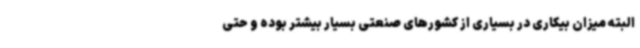
البته میزان بیکاری در بسیاری از کشورهای صنعتی بسیار بیشتر بوده و حتی